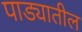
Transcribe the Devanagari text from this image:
पाड्यातील